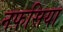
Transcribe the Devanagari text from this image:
नफ़सिया